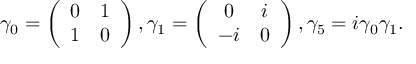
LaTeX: \gamma _ { 0 } = \left( \begin{array} { c c } { { 0 } } & { { 1 } } \\ { { 1 } } & { { 0 } } \end{array} \right) , \gamma _ { 1 } = \left( \begin{array} { c c } { { 0 } } & { { i } } \\ { { - i } } & { { 0 } } \end{array} \right) , \gamma _ { 5 } = i \gamma _ { 0 } \gamma _ { 1 } .